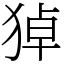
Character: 㹿